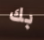
بك